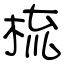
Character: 梳